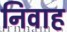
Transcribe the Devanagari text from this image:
निवाह